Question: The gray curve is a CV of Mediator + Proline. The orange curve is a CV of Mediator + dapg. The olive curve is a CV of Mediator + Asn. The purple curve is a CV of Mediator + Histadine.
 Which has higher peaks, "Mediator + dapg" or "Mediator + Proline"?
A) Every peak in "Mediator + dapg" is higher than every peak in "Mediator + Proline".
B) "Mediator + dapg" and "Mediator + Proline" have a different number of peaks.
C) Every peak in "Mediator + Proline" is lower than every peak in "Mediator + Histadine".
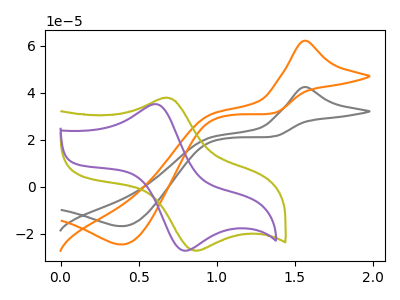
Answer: <think>The gray curve "Mediator + Proline" has an anodic peak at (1.55V, 42.40uA) and a cathodic peak at (0.40V, -16.75uA). The orange curve "Mediator + dapg" has an anodic peak at (1.55V, 62.10uA) and a cathodic peak at (0.40V, -24.55uA). The olive curve "Mediator + Asn" has an anodic peak at (0.65V, 37.80uA) and a cathodic peak at (0.85V, -27.20uA). The purple curve "Mediator + Histadine" has an anodic peak at (0.60V, 35.10uA) and a cathodic peak at (0.80V, -27.20uA).</think>
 <answer>A) Every peak in "Mediator + dapg" is higher than every peak in "Mediator + Proline".</answer>
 <eval>A</eval>